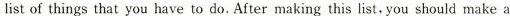
list of things that you have to do. After making this list, you should make a